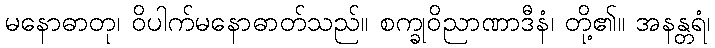
မနောဓာတု၊ ဝိပါက်မနောဓာတ်သည်။ စက္ခုဝိညာဏာဒီနံ၊ တို့၏။ အနန္တရံ၊